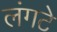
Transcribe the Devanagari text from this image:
लंगटे